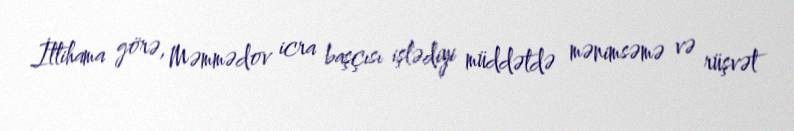
İttihama görə, Məmmədov icra başçısı işlədiyi müddətdə mənimsəmə və rüşvət